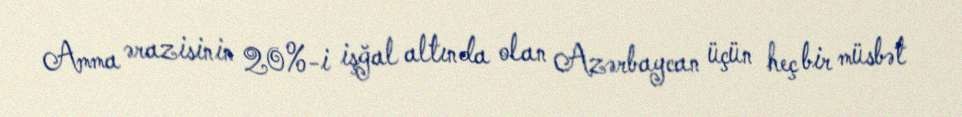
Amma ərazisinin 20%-i işğal altında olan Azərbaycan üçün heç bir müsbət